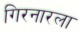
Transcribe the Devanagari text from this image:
गिरनारला